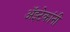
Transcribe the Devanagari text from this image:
अॅझ्टेकांनी